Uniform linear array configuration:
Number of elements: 12
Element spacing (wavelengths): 1
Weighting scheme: blackman
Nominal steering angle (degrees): -45
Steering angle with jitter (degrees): -44.935
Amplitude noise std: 0.05
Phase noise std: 0.05

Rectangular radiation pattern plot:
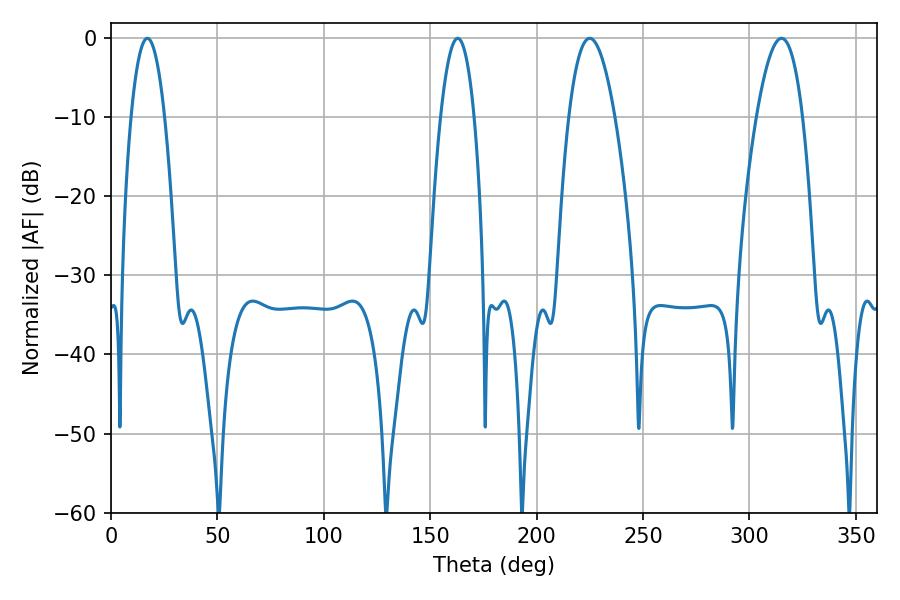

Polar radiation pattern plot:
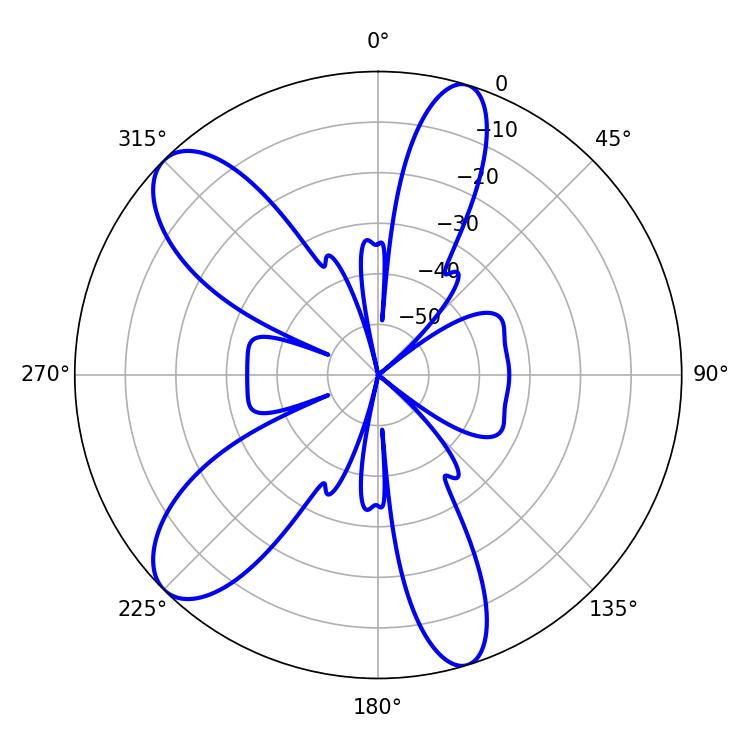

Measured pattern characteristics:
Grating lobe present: TRUE
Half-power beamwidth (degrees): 8.64
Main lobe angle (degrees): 17.1